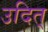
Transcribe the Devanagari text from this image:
उदित्